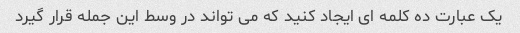
یک عبارت ده کلمه ای ایجاد کنید که می تواند در وسط این جمله قرار گیرد